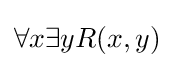
\forall x\exists yR(x,y)